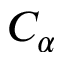
C _ { \alpha }